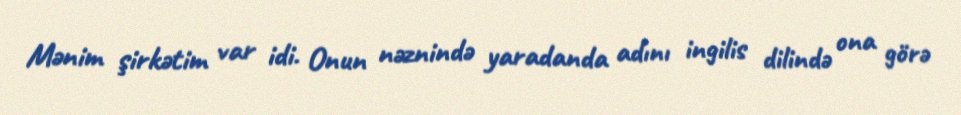
Mənim şirkətim var idi. Onun nəznində yaradanda adını ingilis dilində ona görə